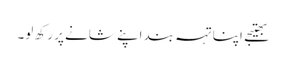
بھتیجے اپنا تہہ بند اپنے شانے پر رکھ لو۔